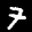
Label: 7